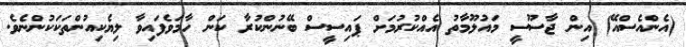
(އެންއެސްއޭ) އިން ޖާސޫސީ މައުލޫމާތު އެއްކުރުމަށް ޕައިސީސް ބޭނުންކުރާ ކަން ހާމަވެފައިވާ ލިޔެކިއުންތަކަކުންނެވެ.